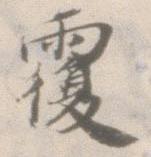
覆